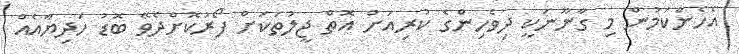
އެހެންކަމުން މި ގާނޫނަކީ ދިވެހިންގެ ކުރިއަށް އޮތް ޖީލުތަކަށް ފޯރުކޮށްދެވޭ ބޮޑު ހަދިޔާއެއް